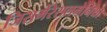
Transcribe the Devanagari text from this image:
जिसमेंरेसलमेनिया